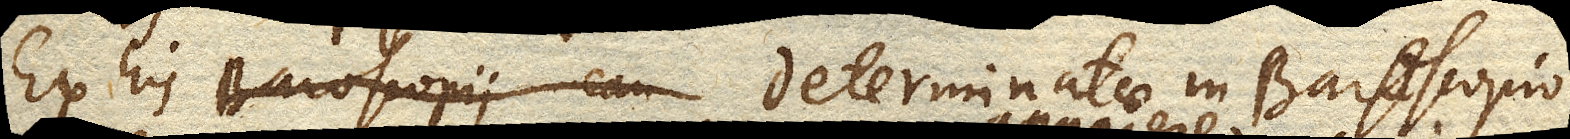
Ex his determinatae in Baroscopio